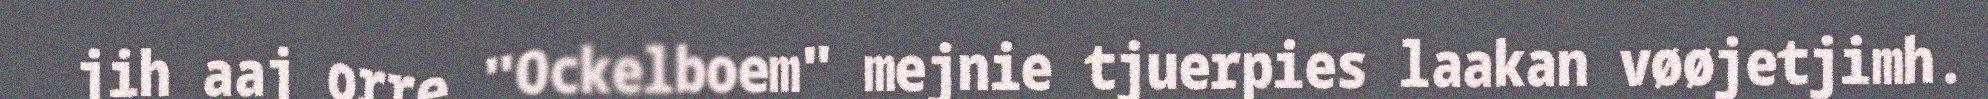
jih aaj orre "Ockelboem" mejnie tjuerpies laakan vøøjetjimh.